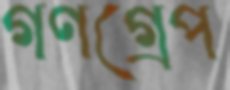
গণগ্রেপ